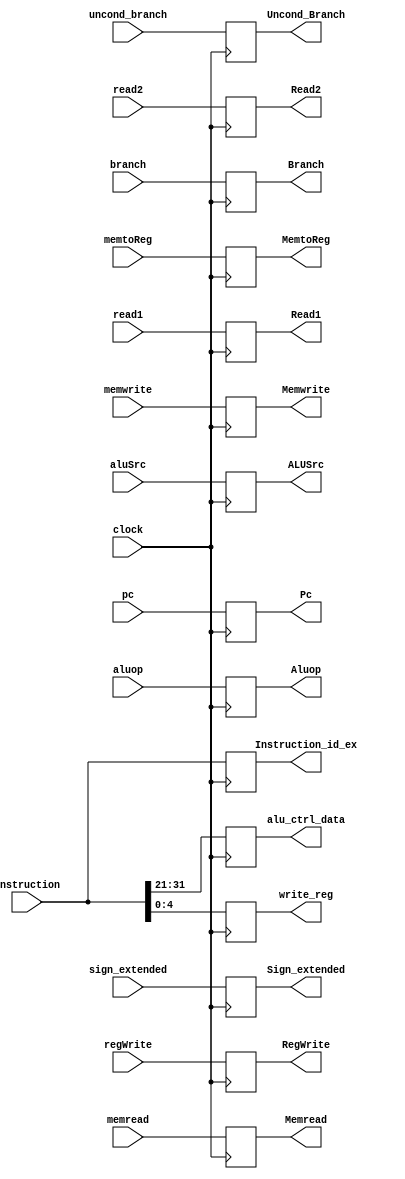
module id_ex (
	input clock,
	//Data for later
	input wire [63:0] read1,
	input wire [63:0] read2,
	input wire [63:0] sign_extended,
	input wire [31:0] instruction, 
	//Ex
	input wire [1:0] aluop,
	input wire aluSrc,
	//Mem
	input wire branch,
	input wire uncond_branch,
	input wire memread,
	input wire memwrite,
	//WB
	input wire regWrite,
	input wire memtoReg,
	//PC
	input wire [63:0] pc,

	//Outputs
	output reg [63:0] Pc,
	output reg [63:0] Read1,
	output reg [63:0] Read2,
	output reg [63:0] Sign_extended,
	output reg [10:0] alu_ctrl_data,
	output reg [4:0] write_reg,
	//Ex
	output reg [1:0] Aluop,
	output reg ALUSrc,
	//Mem
	output reg Branch,
	output reg Uncond_Branch,
	output reg Memread,
	output reg Memwrite,
	//WB
	output reg RegWrite,
	output reg MemtoReg,
	output reg [31:0] Instruction_id_ex

);


always @(posedge(clock)) begin

	alu_ctrl_data <= instruction [31:21];
	write_reg <= instruction[4:0];
	Read1 <= read1;
	Read2 <= read2;
	Sign_extended <= sign_extended;
	Pc <= pc;
	Aluop <= aluop;
	ALUSrc <= aluSrc;
	Branch <= branch;
	Memread <= memread;
	Memwrite <= memwrite;
	RegWrite <= regWrite;
	MemtoReg <= memtoReg;
	Uncond_Branch <= uncond_branch;
	Instruction_id_ex <= instruction;	

end

endmodule